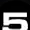
Digit: 5